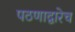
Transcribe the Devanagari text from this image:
पठणाद्वारेच